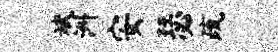
斌洲安瑟疏